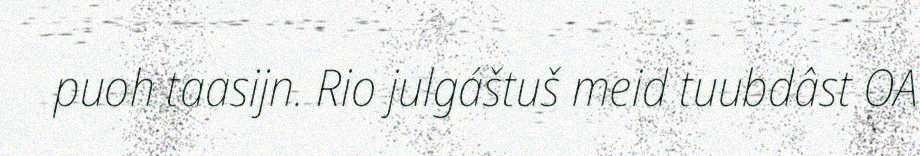
puoh taasijn. Rio julgáštuš meid tuubdâst OA